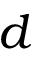
d